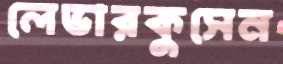
লেভারকুসেন